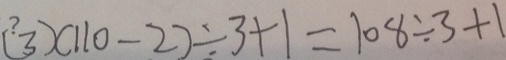
( 3 ) ( 1 1 0 - 2 ) \div 3 + 1 = 1 0 8 \div 3 + 1